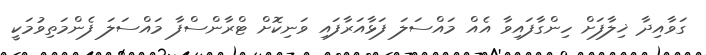
ގަވާއިދާ ޚިލާފަށް ހިންގާފައިވާ އެއް މައްސަލަ ފަޅާއަރާފައި ވަނިކޮށް ޓްރާންސްފާ މައްސަލަ ފެންމަތިވުމަކީ